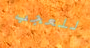
للعجب